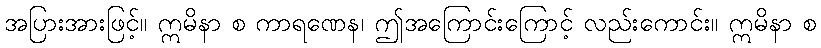
အပြားအားဖြင့်။ ဣမိနာ စ ကာရဏေန၊ ဤအကြောင်းကြောင့် လည်းကောင်း။ ဣမိနာ စ